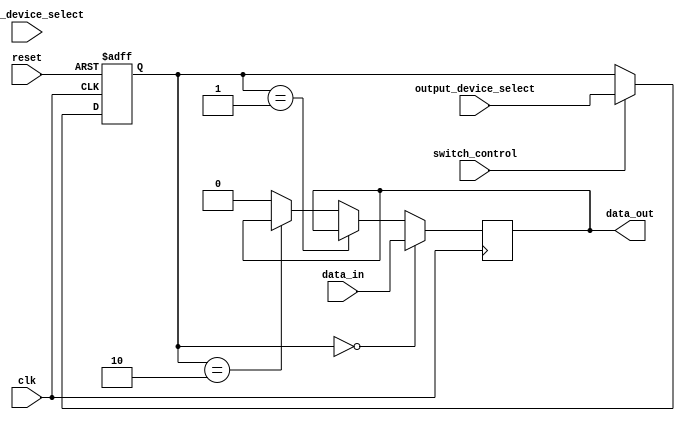
module bus_switch (
    input wire clk,
    input wire reset,
    input wire switch_control,
    input wire [1:0] input_device_select,
    input wire [1:0] output_device_select,
    input wire data_in,
    output reg data_out
);

reg [1:0] current_input_device;
reg [1:0] current_output_device;

always @(posedge clk or posedge reset) begin
    if (reset) begin
        current_input_device <= 2'b00;
        current_output_device <= 2'b00;
    end else begin
        if (switch_control) begin
            current_input_device <= input_device_select;
            current_output_device <= output_device_select;
        end
    end
end

always @(posedge clk) begin
    if (current_output_device == 2'b00) begin
        data_out <= data_in;
    end else if (current_output_device == 2'b01) begin
        // Data flow logic for output device 1
    end else if (current_output_device == 2'b10) begin
        // Data flow logic for output device 2
    end else begin
        data_out <= 1'b0; // Default case
    end
end

endmodule